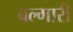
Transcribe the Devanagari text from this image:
बल्गारी